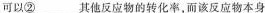
可以②___其他反应物的转化率，而该反应物本身